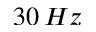
3 0 \, H z